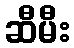
ဆီမီး